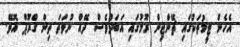
އެހެން ޓީމުތަކުގައި ޗޭންޖިން ރޫމުގައި އަބަދުވެސް ދޭއް ނުވަތަ ތިން ގްރޫޕް އޮވޭ.